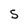
Character: S